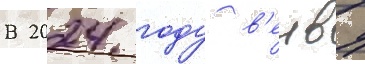
В 2024 году в'енву